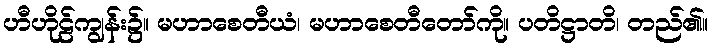
ဟီဟိုဠ်ကျွန်း၌။ မဟာစေတီယံ၊ မဟာစေတီတော်ကို။ ပတိဋ္ဌာတိ၊ တည်၏။